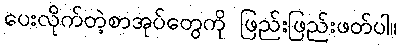
ပေးလိုက်တဲ့စာအုပ်တွေကို ဖြည်းဖြည်းဖတ်ပါ။